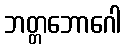
ဘတ္တဘောဂေါ